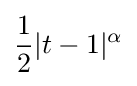
{\frac {1}{2}}|t-1|^{\alpha }